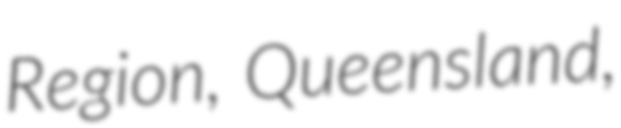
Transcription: Region, Queensland,